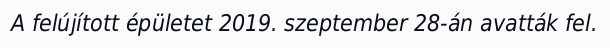
A felújított épületet 2019. szeptember 28-án avatták fel.